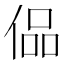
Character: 偘